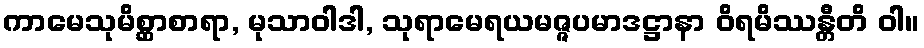
ကာမေသုမိစ္ဆာစာရာ, မုသာဝါဒါ, သုရာမေရယမဇ္ဇပမာဒဋ္ဌာနာ ဝိရမိဿန္တီတိ ဝါ။